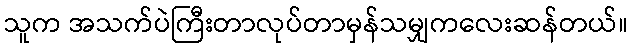
သူက အသက်ပဲကြီးတာလုပ်တာမှန်သမျှကလေးဆန်တယ်။